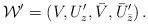
LaTeX: \begin{align*}{\cal W}' = (V,U'_z, \bar V, \bar U'_{\bar z})\,. \end{align*}